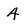
Character: 4